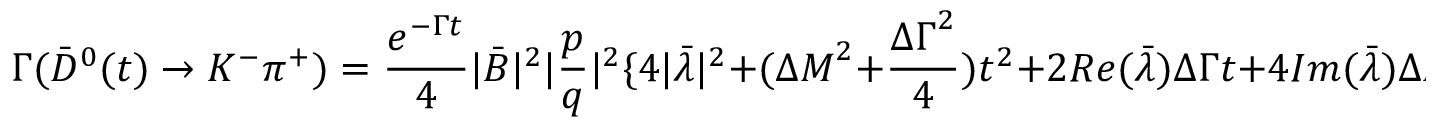
\Gamma ( \bar { D } ^ { 0 } ( t ) \to K ^ { - } \pi ^ { + } ) = { \frac { e ^ { - \Gamma t } } { 4 } } | \bar { B } | ^ { 2 } | { \frac { p } { q } } | ^ { 2 } \{ 4 | \bar { \lambda } | ^ { 2 } + ( { \Delta M } ^ { 2 } + { \frac { { \Delta \Gamma } ^ { 2 } } { 4 } } ) t ^ { 2 } + 2 R e ( \bar { \lambda } ) \Delta \Gamma t + 4 I m ( \bar { \lambda } ) \Delta M t \}